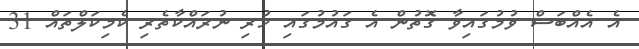
އެ އެއްބަސް ވުމުގައިވާ ގޮތުން އެ ގައުމުގައި ހުރި ނުރައްކާތެރި ކެމިކަލްތައް 31